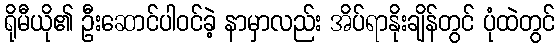
ရိုမီယို၏ ဦးဆောင်ပါဝင်ခဲ့ နာမှာလည်း အိပ်ရာနိုးချိန်တွင် ပုံထဲတွင်